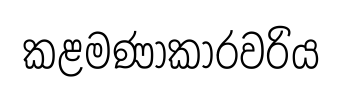
කළමණාකාරවරිය